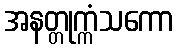
အနတ္တုက္ကံသကော